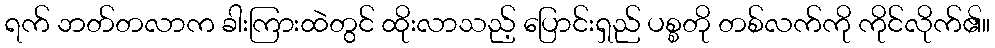
ရက် ဘတ်တလာက ခါးကြားထဲတွင် ထိုးလာသည့် ပြောင်းရှည် ပစ္စတို တစ်လက်ကို ကိုင်လိုက်၏။